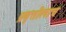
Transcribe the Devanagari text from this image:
प्रवृत्तीलाच